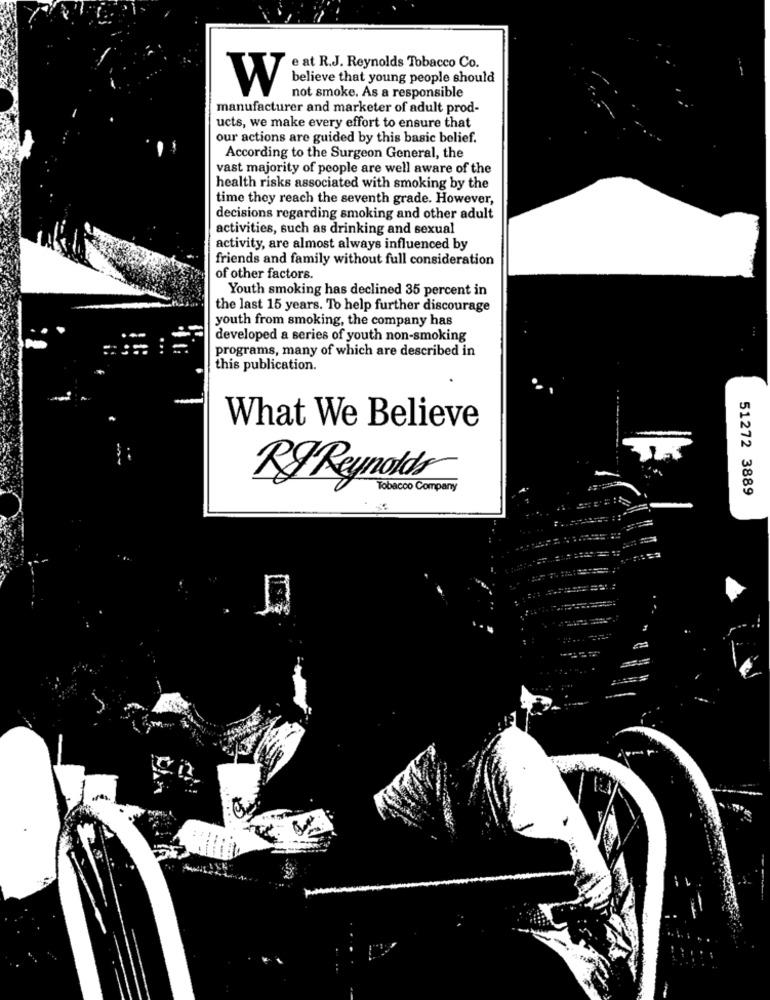
e at R.J. Reynolds Tobacco Co.
believe that young people should
not smoke. As a responsible
manufacturer and marketer of adult prod-
ucts, we make every effort to ensure that
our actions are guided by this basic belief.
According to the Surgeon General, the
vast majority of people are well aware of the
health risks associated with smoking by the
time they reach the seventh grade. However,
decisions regarding smoking and other adult
activities, such as drinking and sexual
activity, are almost always influenced by
friends and family without full consideration
of other factors.
Youth smoking has declined 35 percent in
the last 15 years. To help further discourage
youth from smoking, the company has
developed a series of youth non-smoking
programs, many of which are described in
this publication.
What We Believe
RJ Reynolds
Tobacco Company
51272 3889